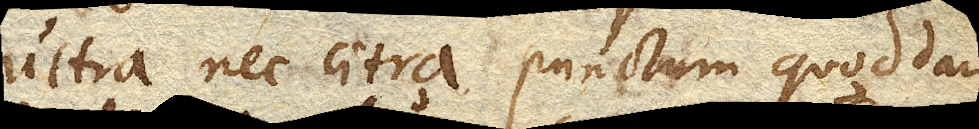
ultra nec citra punctum quoddam